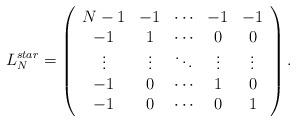
LaTeX: \begin{align*}L^{star}_N=\left(\begin{array}{ccccc} {N-1}&-1&{\cdots}&-1&-1 \\ -1&1&{\cdots}&0&0 \\ {\vdots}&{\vdots}&{\ddots}&{\vdots}&{\vdots} \\ -1&0&{\cdots}&1&0 \\ -1&0&{\cdots}&0&1 \\ \end{array}\right) .\end{align*}